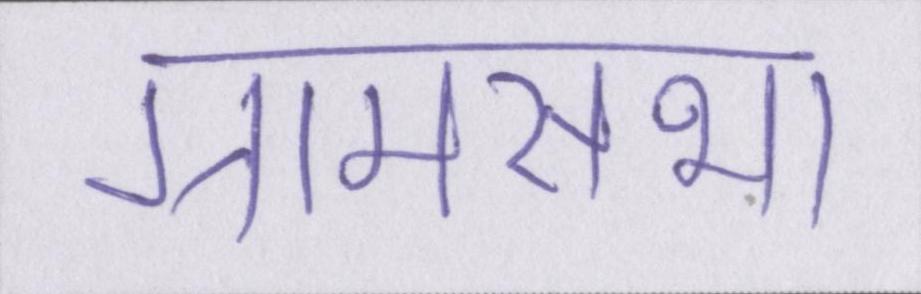
ग्रामसभा